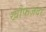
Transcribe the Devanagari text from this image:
खौफज़दा